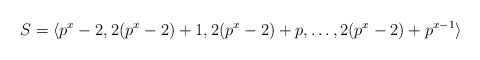
\begin{align*}S = \langle p^x - 2, 2(p^x-2)+1, 2(p^x-2)+p,\ldots, 2(p^x-2)+p^{x-1} \rangle\end{align*}